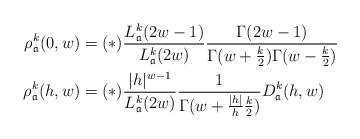
LaTeX: \begin{align*} \rho_\mathfrak{a}^k(0, w) &= (*) \frac{L^k_\mathfrak{a}(2w-1)}{L^k_\mathfrak{a}(2w)} \frac{\Gamma(2w-1)}{\Gamma(w + \frac{k}{2}) \Gamma(w - \frac{k}{2})} \\ \rho_\mathfrak{a}^k(h, w) &= (*) \frac{\lvert h \rvert^{w-1}}{L^k_\mathfrak{a}(2w)} \frac{1}{\Gamma(w + \frac{\lvert h \rvert}{h} \frac{k}{2})} D_\mathfrak{a}^k(h,w)\end{align*}